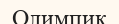
Олимпик